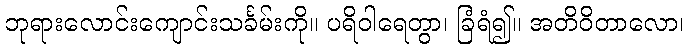
ဘုရားလောင်းကျောင်းသင်္ခမ်းကို။ ပရိဝါရေတွာ၊ ခြံရံ၍။ အတိဝိတာလော၊